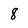
Character: 8